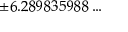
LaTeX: \pm 6 . 2 8 9 8 3 5 9 8 8 \ldots